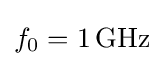
f_{0}=1\,\mathrm {GHz}